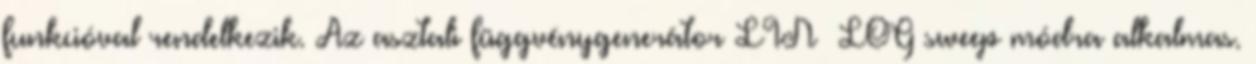
funkcióval rendelkezik. Az asztali függvénygenerátor LIN LOG sweep módra alkalmas.